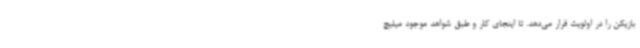
بازیکن را در اولویت قرار می‌دهد. تا اینجای کار و طبق شواهد موجود میلیچ